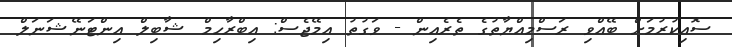
ސޮއިކުރުމަށް ބޭއްވި ރަސްމިއްޔާތުގެ ތެރެއިން - ވަގުތު އިމޭޖެސް: އިބްރާހިމް ޝާބިލް އިންޓަނޭޝަނަލް